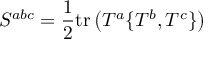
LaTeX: S ^ { a b c } = { \frac { 1 } { 2 } } \mathrm { t r } \left( T ^ { a } \{ T ^ { b } , T ^ { c } \} \right)